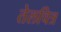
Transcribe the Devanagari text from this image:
तेलचित्र